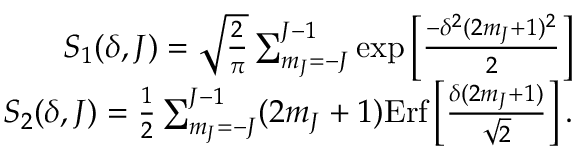
\begin{array} { r } { S _ { 1 } ( \delta , J ) = \sqrt { \frac { 2 } { \pi } } \sum _ { m _ { J } = - J } ^ { J - 1 } \exp \left[ \frac { - \delta ^ { 2 } ( 2 m _ { J } + 1 ) ^ { 2 } } { 2 } \right] } \\ { S _ { 2 } ( \delta , J ) = \frac { 1 } { 2 } \sum _ { m _ { J } = - J } ^ { J - 1 } ( 2 m _ { J } + 1 ) \mathrm { E r f } \left[ \frac { \delta ( 2 m _ { J } + 1 ) } { \sqrt { 2 } } \right] . } \end{array}